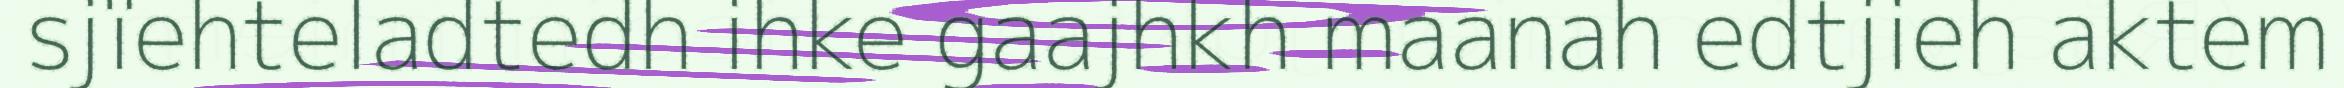
sjïehteladtedh ihke gaajhkh maanah edtjieh aktem